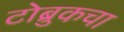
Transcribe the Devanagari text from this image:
टोब्रुकचा